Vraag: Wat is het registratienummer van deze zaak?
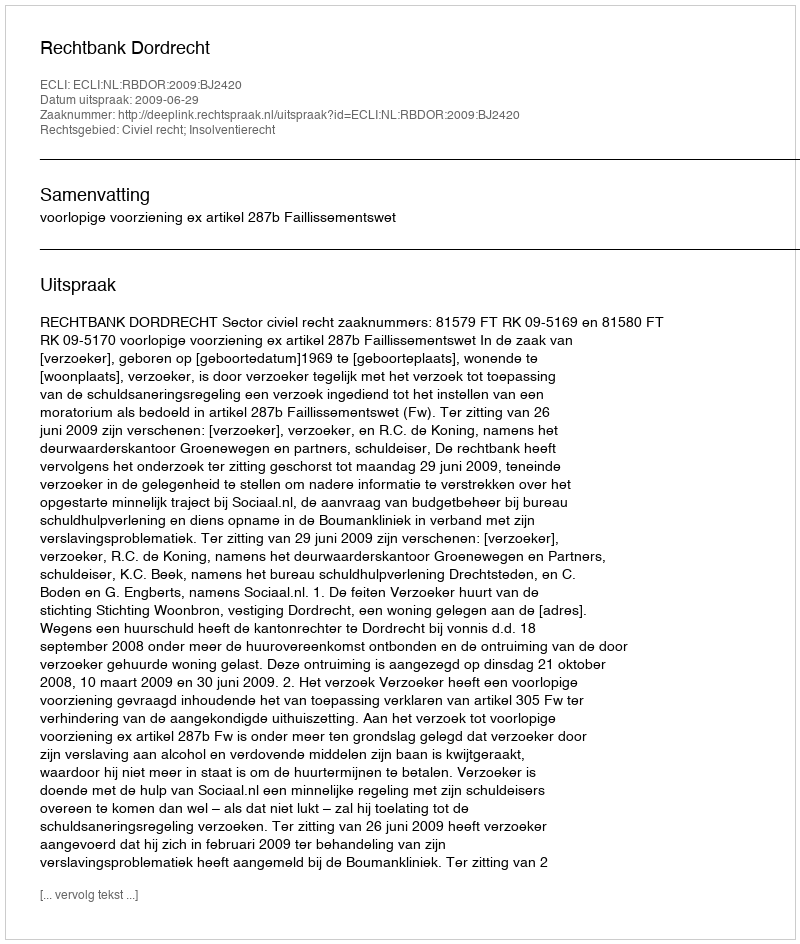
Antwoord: http://deeplink.rechtspraak.nl/uitspraak?id=ECLI:NL:RBDOR:2009:BJ2420